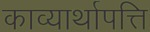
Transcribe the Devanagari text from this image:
काव्यार्थापत्ति